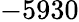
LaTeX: -5930